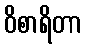
ဝိစာရိတာ